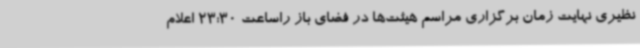
نظیری نهایت زمان برگزاری مراسم هیئت‌ها در فضای باز راساعت 23:30 اعلام